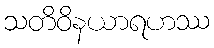
သတိဝိနယာရဟဿ